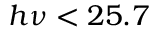
h \nu < 2 5 . 7